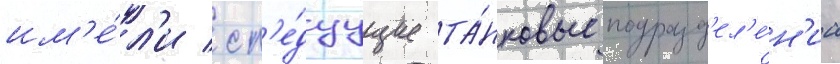
им'е́л'и сл'е́дуущие та́нковые подразд'ел'е́н'иа